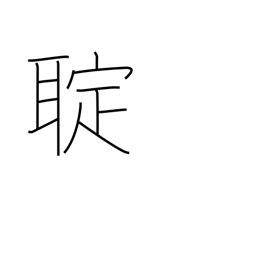
Meaning: (kokuji)